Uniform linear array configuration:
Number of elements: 8
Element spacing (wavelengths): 0.25
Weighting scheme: kaiser
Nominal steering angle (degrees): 0
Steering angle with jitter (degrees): -0.4118
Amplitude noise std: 0.05
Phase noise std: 0.05

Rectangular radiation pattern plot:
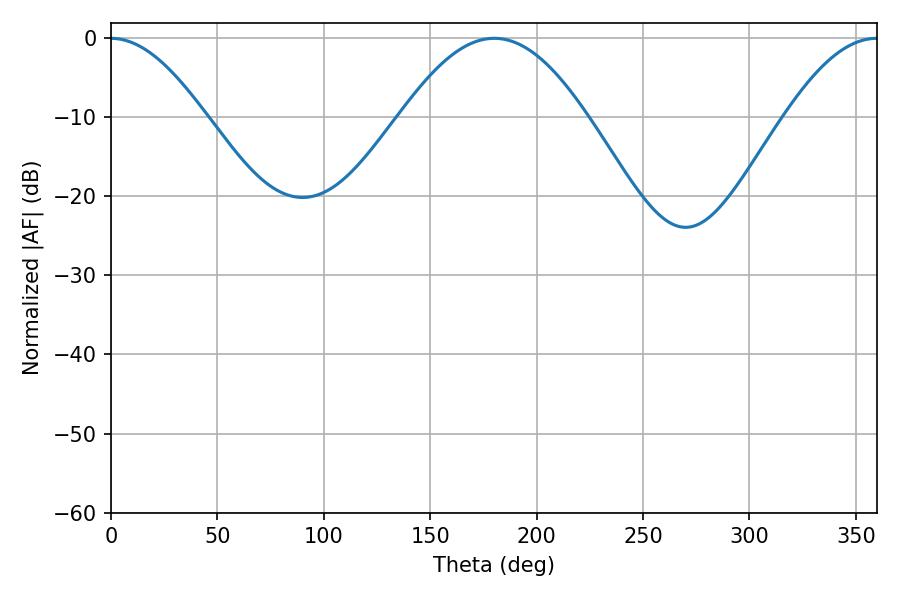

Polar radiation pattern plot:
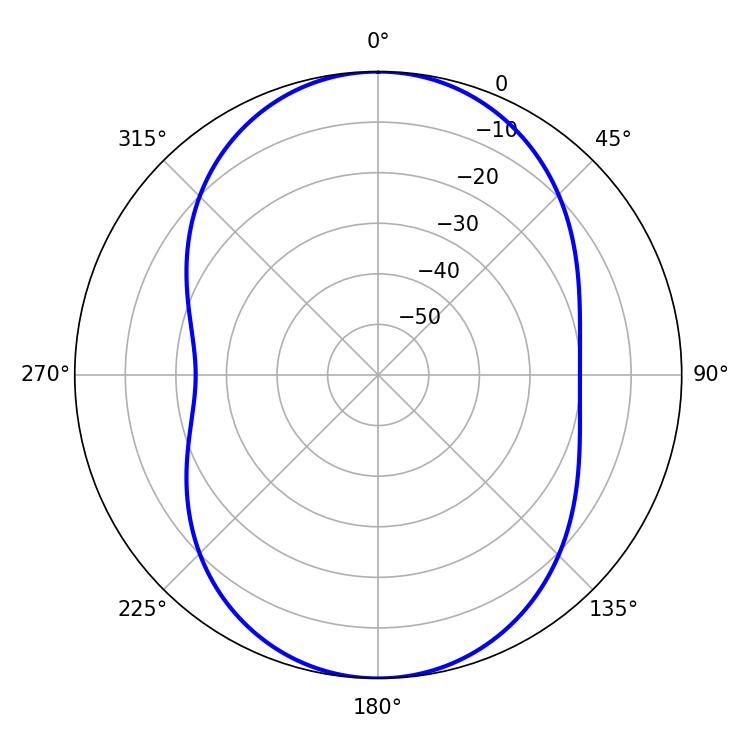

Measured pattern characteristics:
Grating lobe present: FALSE
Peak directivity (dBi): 21.269
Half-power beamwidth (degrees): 47.34
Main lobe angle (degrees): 180.18